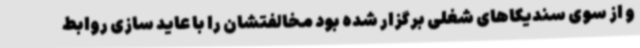
و از سوی سندیکاهای شغلی برگزار شده بود مخالفتشان را با عاید سازی روابط